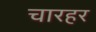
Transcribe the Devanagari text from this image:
चारहर